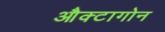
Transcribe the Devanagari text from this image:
औक्टागोन